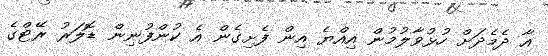
އާ ދެމެދަށް ހުޅުވާލުމުން އިއްޔެ އިން ފެށިގެން އެ ކުންފުނިން ޑޮލަރު ރޭޓްގެ